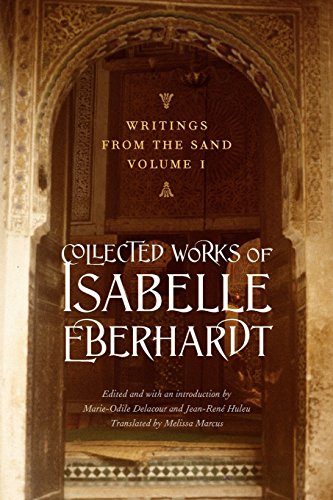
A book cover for Writings from the Sand, Volume 1: Collected Works of Isabelle Eberhardt; Isabelle Eberhardt; Literature & Fiction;